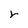
Character: r